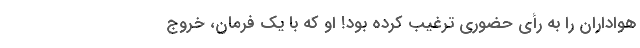
هواداران را به رأی حضوری ترغیب کرده بود! او که با یک فرمان، خروج